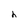
Character: h